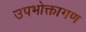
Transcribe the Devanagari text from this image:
उपभोक्तागण